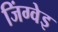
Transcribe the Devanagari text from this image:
जिंग्वेइ